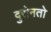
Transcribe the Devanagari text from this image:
दुरोनतो